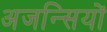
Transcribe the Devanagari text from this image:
अजन्सियों